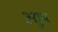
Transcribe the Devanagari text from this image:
आुय